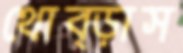
থোব্‌ড়াস